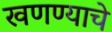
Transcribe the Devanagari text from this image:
खणण्याचे